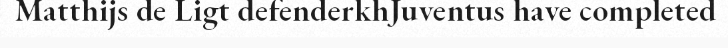
Matthijs de Ligt defenderkhJuventus have completed